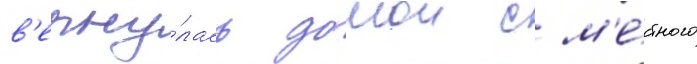
в'ерну́лась домои с м'е́стного